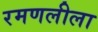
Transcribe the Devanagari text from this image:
रमणलीला